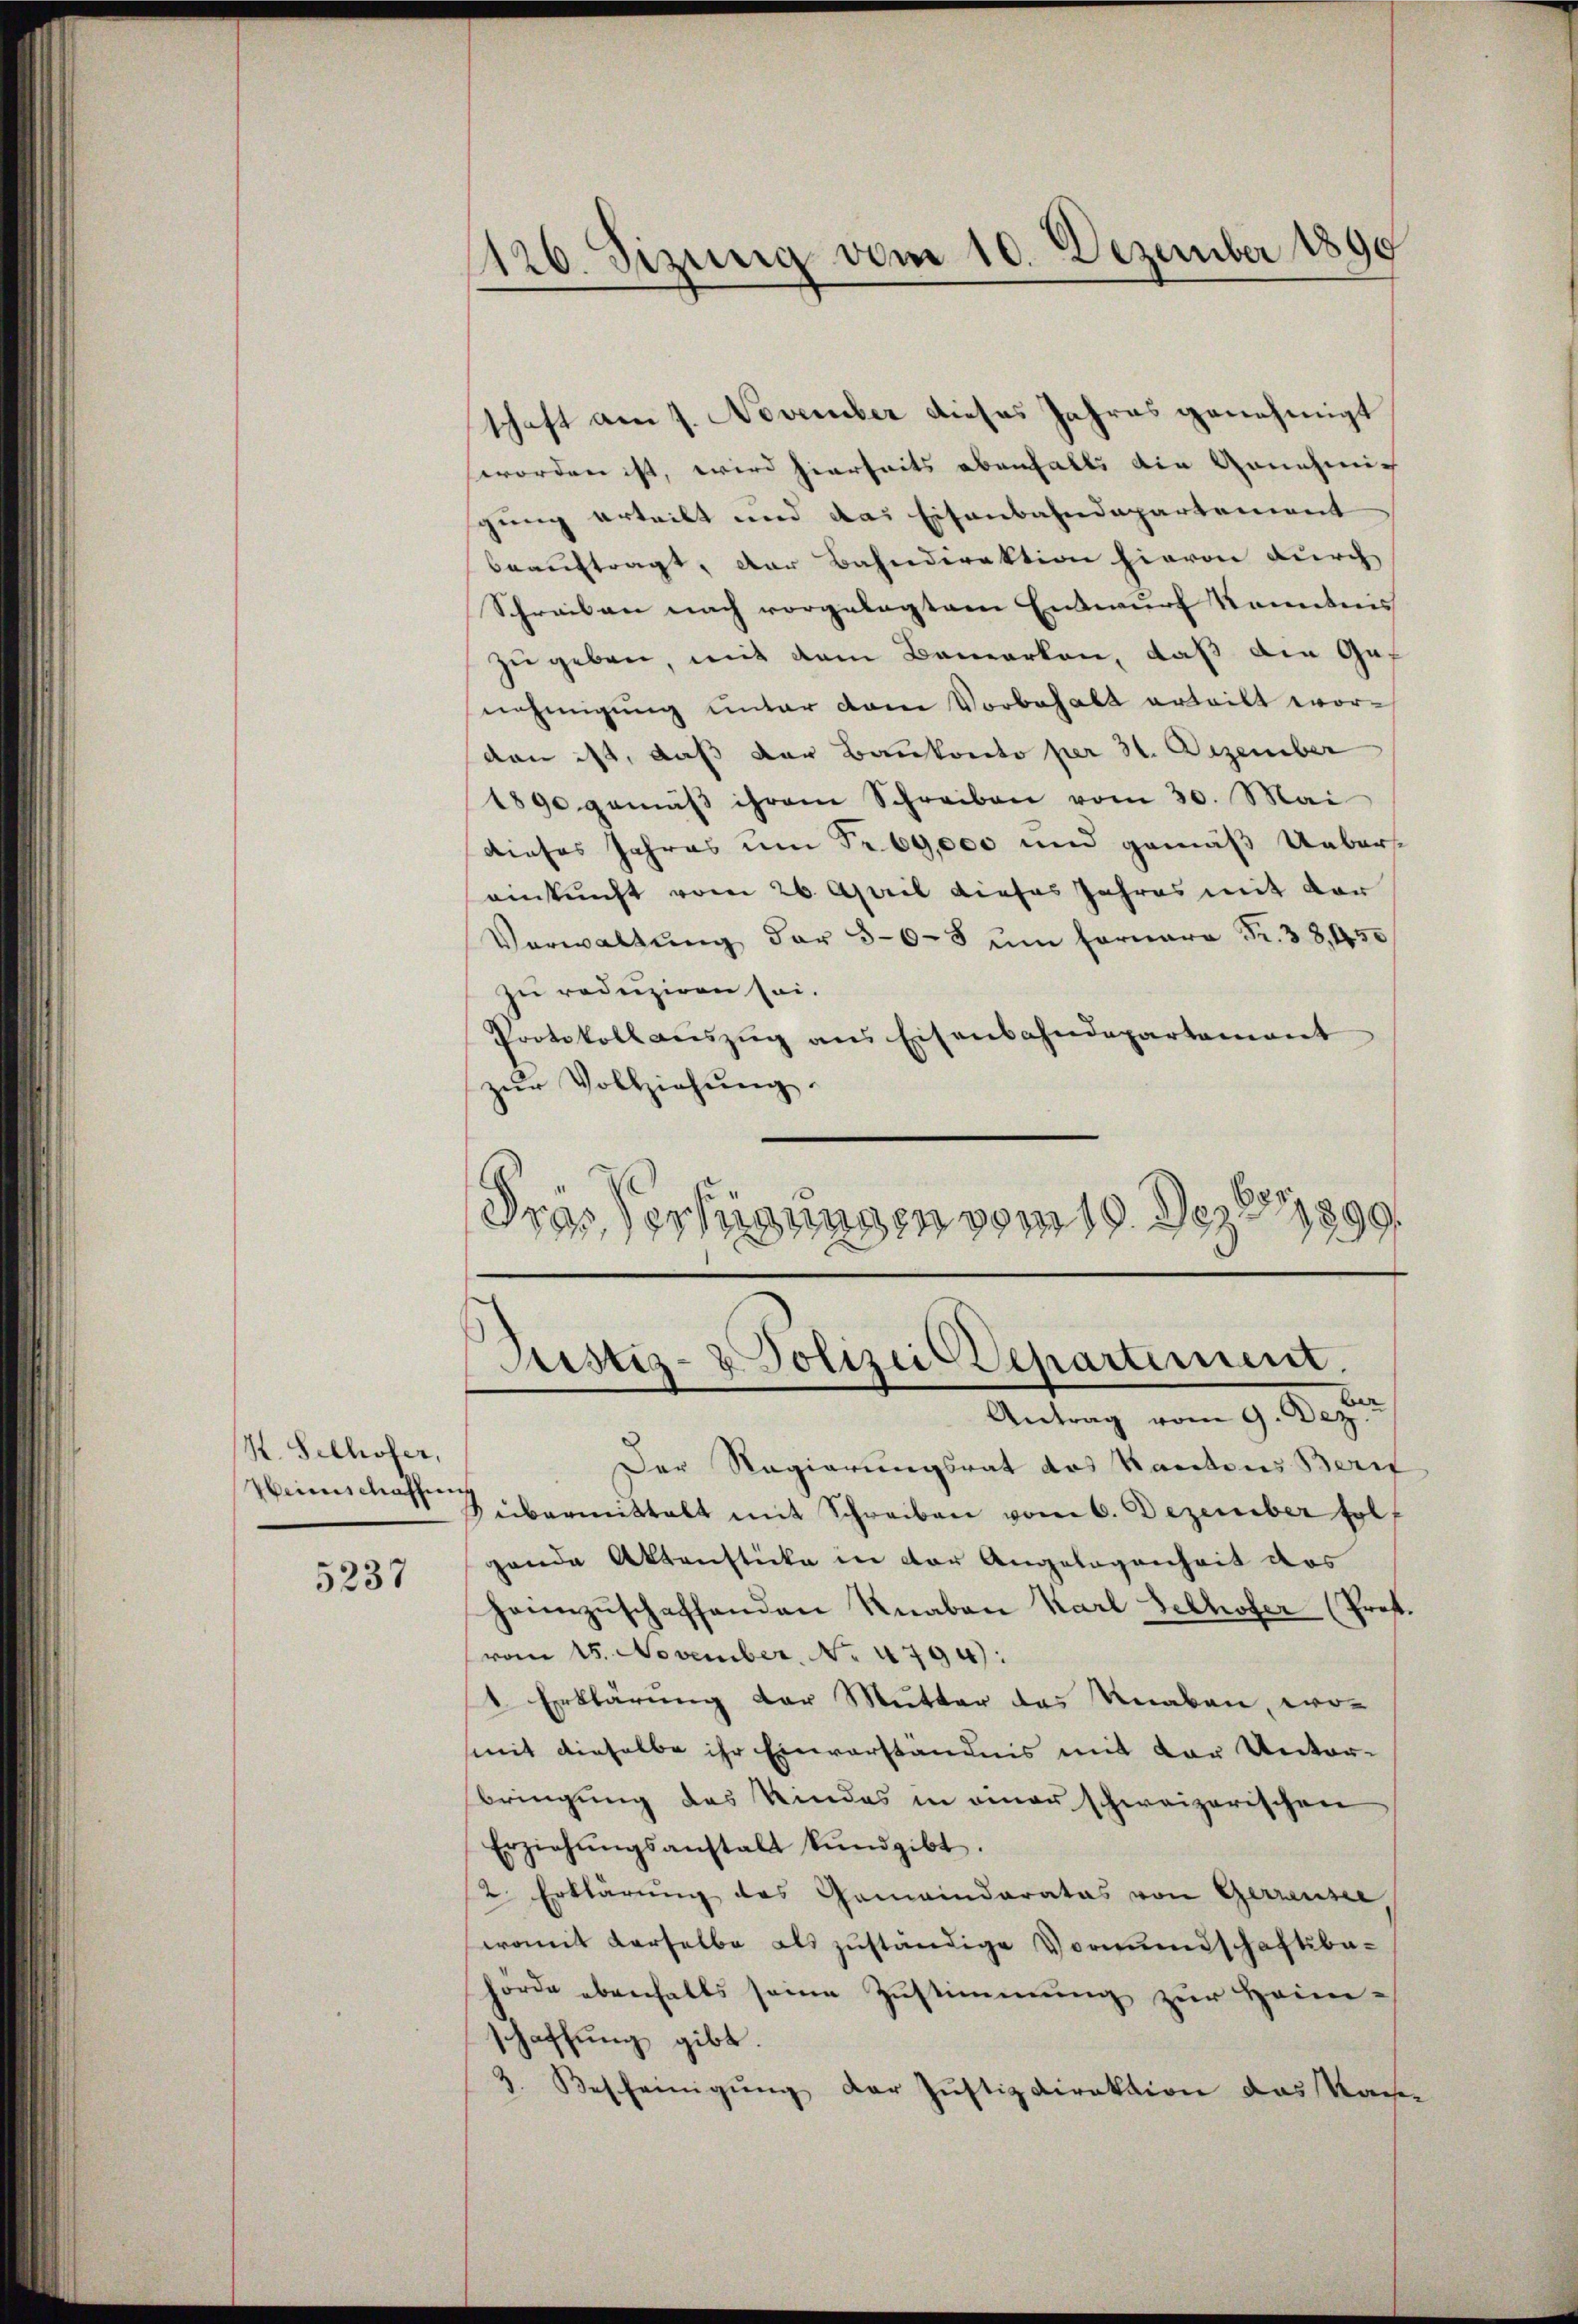
K. Selhofer,
Weinschaffung

5237

126. Sizung vom 10. Dezember 1890

schaft am 1. November dieses Jahres genehmigt
worden ist, wird hierseits ebenfalls die Genehmig
gung erteilt und das Eisenbahndepartement
beauftragt, der Bahndirektion hievon durch
Schreiben nach vorgelegtem Entwurf Kenntnis
zu geben, mit dem Bemerken, daß die Genehmigung unter dem Vorbehalt erteilt worden ist, daß der Bankonto per 31. Dezember
1890 gemäβ ihrem Schreiben vom 30. Mai
dieses Jahres um Fr. 69,000 und gemäß Uebereinkunft vom 26. April dieses Jahres mit der
Verwaltŭng der 30-3 ŭm Fernara Fr. 33,450
zu reduziren sei.
Protokoll aŭszŭg ans Eisenbahndepartement
zŭr Vollziehŭng.
Fras Verfügungen vom 10. Dez. 11899

Justiz- & Polizei-Departement.

Antrag vom 9. Dez.
Der Regierungsrat des Kantons Beri
übermittelt mit Schreiben vom 6. Dezember fol
gande Aktenstücke in der Angelegenheit das
heimzuschaffenden Knaben Karl Selhofer (Prof.
vom 15. November. No 4794):
1 Erklärung der Mutter das Knaben, wo-
(mit dieselbe ihr Einverständnis mit der Unterbringung des Kindes in einer schweizerischen
Erziehŭngsanstalt kŭndgibt.
2. Erklärung des Gemeinderates von Gerrensee,
womit derselbe als zuständige Vormundschaftbahörde ebenfalls seine Zustimmung zur Heimschaffung gibt
3. Bescheinigung der Justiz Direktion das Kan¬